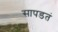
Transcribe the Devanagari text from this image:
सापडतं